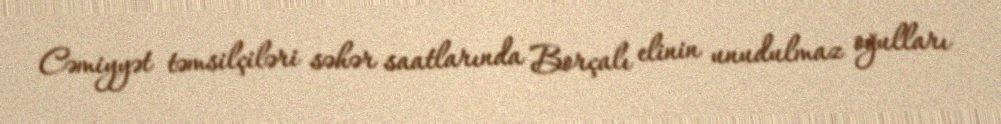
Cəmiyyət təmsilçiləri səhər saatlarında Borçalı elinin unudulmaz oğulları